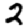
Digit: 2